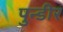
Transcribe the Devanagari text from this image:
पुन्डीर